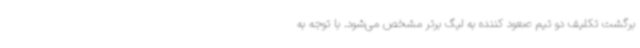
برگشت تکلیف دو تیم صعود کننده به لیگ برتر مشخص می‌شود. با توجه به